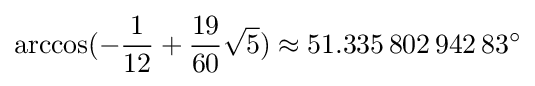
\arccos(-{\frac {1}{12}}+{\frac {19}{60}}{\sqrt {5}})\approx 51.335\,802\,942\,83^{\circ }